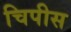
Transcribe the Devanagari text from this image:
चिपीस